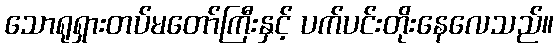
သောရုရှားတပ်မတော်ကြီးနှင့် ပက်ပင်းတိုးနေလေသည်။